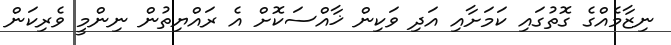
ނިޒާމެއްގެ ގޮތުގައި ކަމަށާއި އަދި ވަކިން ޚާއްސަކޮށް އެ ރައްޔިތުން ނިންމީ ވެރިކަން